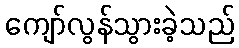
ကျော်လွန်သွားခဲ့သည်